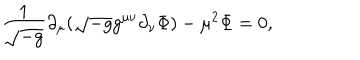
\frac { 1 } { \sqrt { - g } } \partial _ { \mu } ( \sqrt { - g } g ^ { \mu \nu } \partial _ { \nu } \Phi ) - \mu ^ { 2 } \Phi = 0 ,